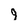
Character: 9